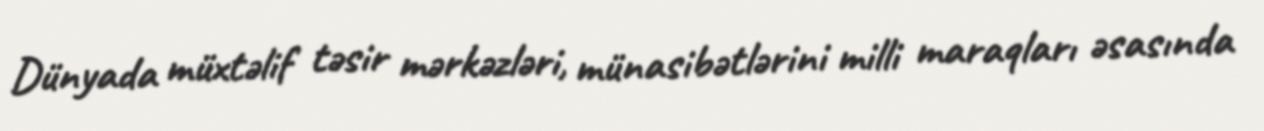
Dünyada müxtəlif təsir mərkəzləri, münasibətlərini milli maraqları əsasında